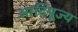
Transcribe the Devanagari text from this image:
आदिपूज्य